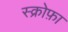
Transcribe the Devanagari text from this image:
स्क्रोफ़ा